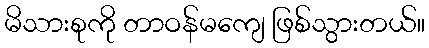
မိသားစုကို တာဝန်မကျေ ဖြစ်သွားတယ်။